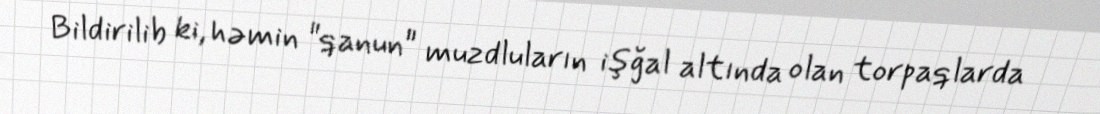
Bildirilib ki, həmin "qanun" muzdluların işğal altında olan torpaqlarda